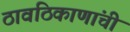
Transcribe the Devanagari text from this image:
ठावठिकाणांची